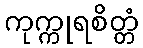
ကုက္ကုရစိတ္တံ